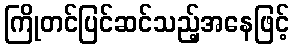
ကြိုတင်ပြင်ဆင်သည့်အနေဖြင့်